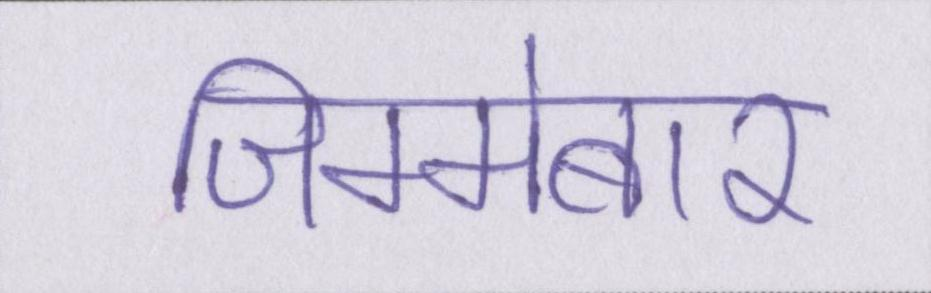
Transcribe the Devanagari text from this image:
जिम्मेबार